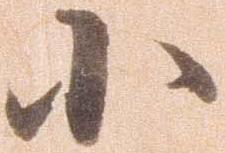
小